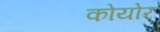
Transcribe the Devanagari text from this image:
कोयोर